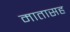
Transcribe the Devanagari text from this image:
मातासह